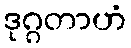
ဒုဂ္ဂတာဟံ